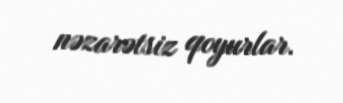
nəzarətsiz qoyurlar.